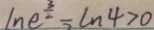
\ln e ^ { \frac { 3 } { 2 } } - \ln 4 > 0